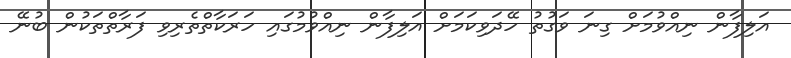
އަލިފާން ނިއްވުމަށް ގިނަ ވަގުތު ހޭދަވިކަމަށް އަލިފާން ނިއްވުމުގައި ހަރަކާތްތެރިވި ފަރާތްތަކުން ބުނޭ